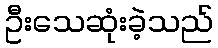
ဦးသေဆုံးခဲ့သည်